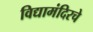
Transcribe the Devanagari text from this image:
विद्यामंदिरचे